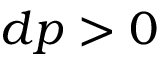
d p > 0